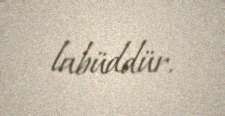
labüddür.